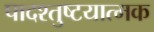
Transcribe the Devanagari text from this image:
पादश्तुष्टयात्मक